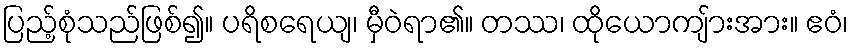
ပြည့်စုံသည်ဖြစ်၍။ ပရိစရေယျ၊ မှီဝဲရာ၏။ တဿ၊ ထိုယောကျ်ားအား။ ဧဝံ၊